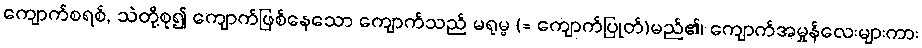
ကျောက်စရစ်, သဲတို့စု၍ ကျောက်ဖြစ်နေသော ကျောက်သည် မရုမ္ဗ (= ကျောက်ပြုတ်)မည်၏၊ ကျောက်အမှုန်လေးများကား